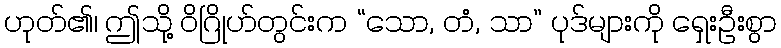
ဟုတ်၏၊ ဤသို့ ဝိဂြိုဟ်တွင်းက “သော, တံ, သာ” ပုဒ်များကို ရှေးဦးစွာ